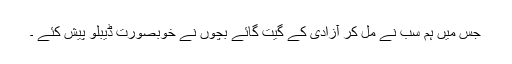
جس میں ہم سب نے مل کر آزادی کے گیت گائے بچوں نے خوبصورت ڈیبلو پیش کئے ۔